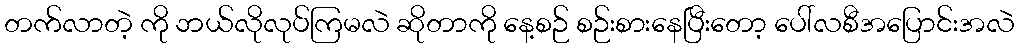
တက်လာတဲ့ ကို ဘယ်လိုလုပ်ကြမလဲ ဆိုတာကို နေ့စဉ် စဉ်းစားနေပြီးတော့ ပေါ်လစီအပြောင်းအလဲ